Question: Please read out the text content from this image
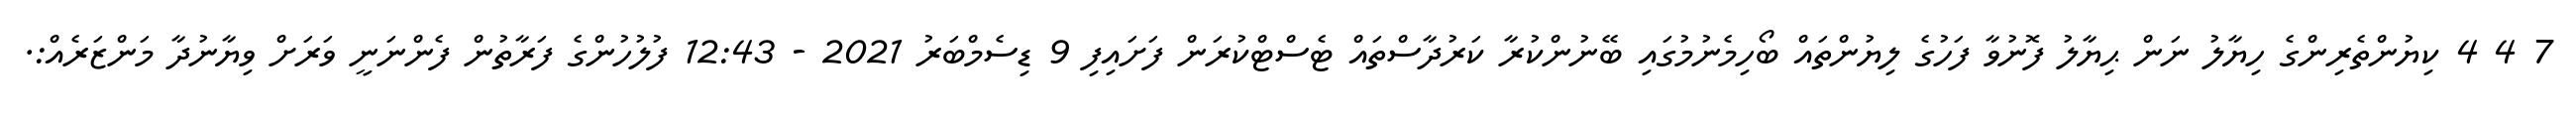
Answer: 7 4 4 ކިޔުންތެރިންގެ ހިޔާލު ނަން ޙިޔާލު ފޮނުވާ ފަހުގެ ލިޔުންތައް ބޯހިމެނުމުގައި ބޭނުންކުރާ ކަރުދާސްތައް ޓެސްޓްކުރަން ފަށައިފި 9 ޑިސެމްބަރު 2021 - 12:43 ފުލުހުންގެ ފަރާތުން ފެންނަނީ ވަރަށް ވިޔާނުދާ މަންޒަރެއް:.